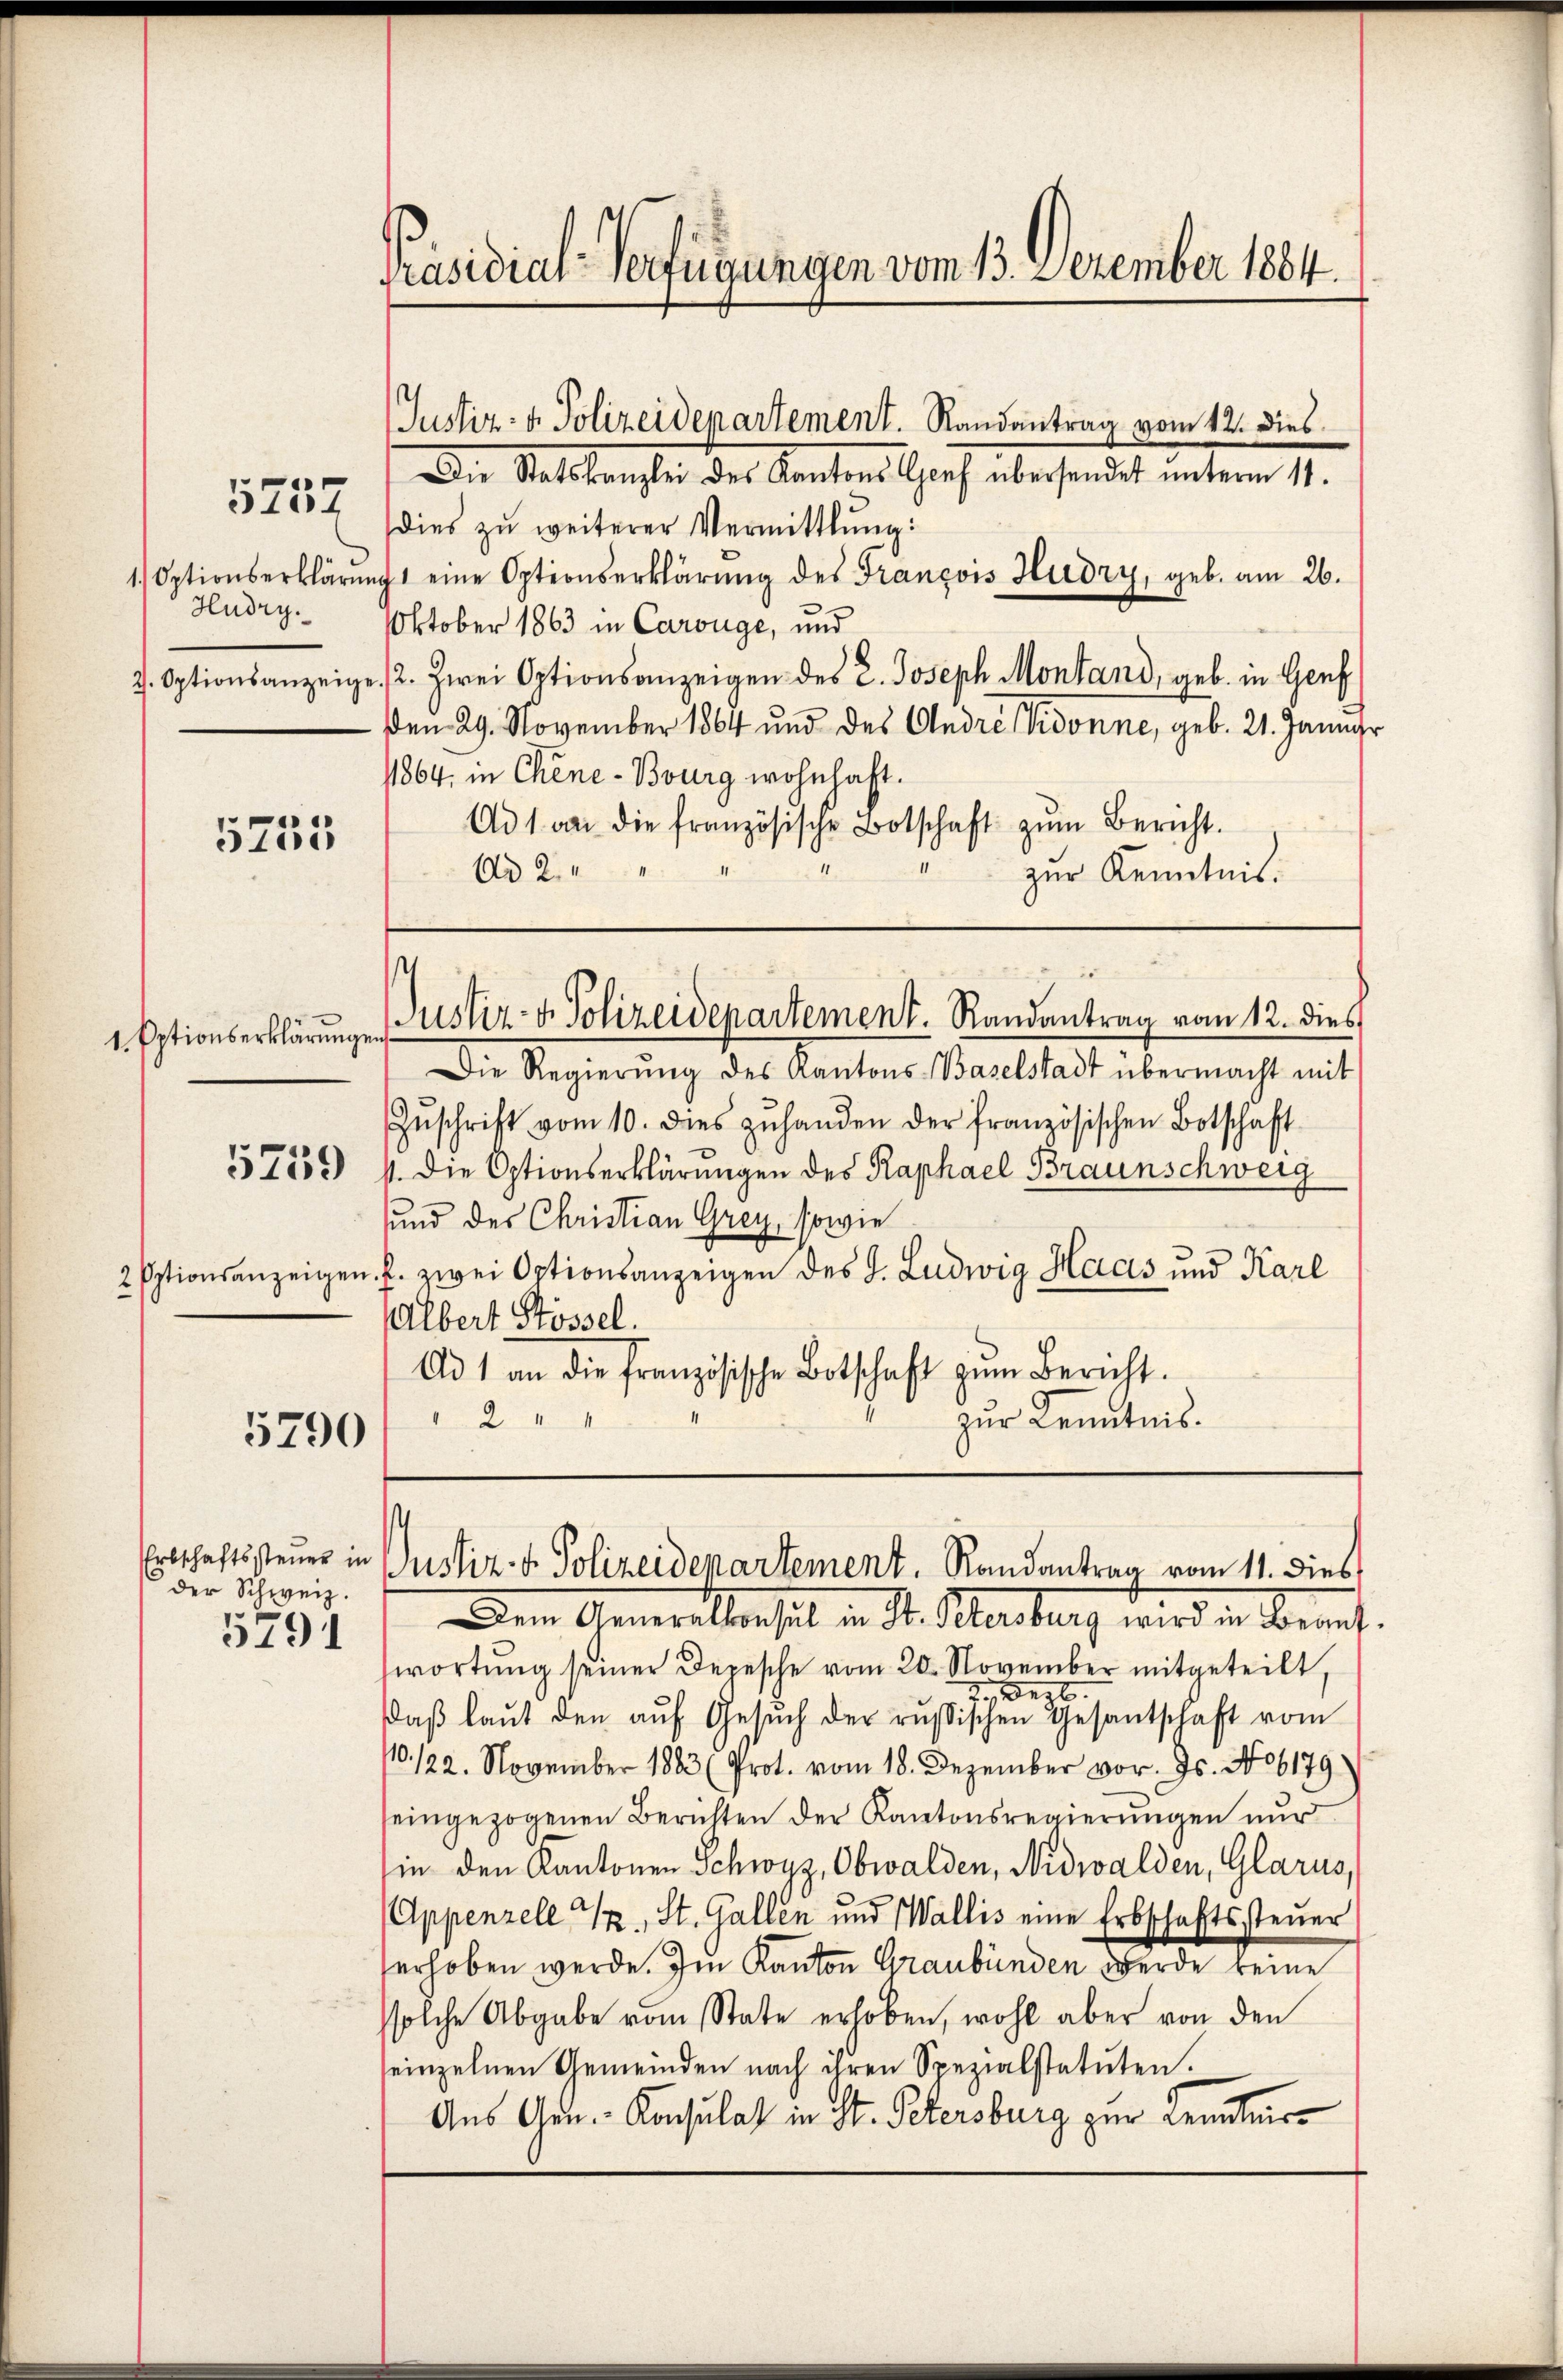
1.) Optionserklärun
Hudry.
7. Optionsanzeige

5237

5255

1. Optionserklärungen.

5759

2 Optionsanzeigen

5290

der Schweiz.
5791

Präsidial-Verfügungen vom 13. Dezember 1884.

Justiz- & Polizeidepartement. Randantrag vom 12. dies

Die Statskanzlei des Kantons Scharf übersendet unterm 11.
dies zu weiterer Vermittlung:
acht eine Optionserklärung des François Hudry, geb. am 26.
Oktober 1863 in Carouge, und
/2. Zwei Optionsanzeigen des 2. Joseph Montand, geb. in Genf
en 29. November 1864 und des Andre sie donne, geb. 21. Janua
1864, in Chine-Bourg wohnhaft.
Ad 1. an die französische Botschaft zŭm Bericht.
Ad 2.
zur Kenntnis.
Justiz- & Polizeidenartement. Randantrag vom 12. dies
Die Regierŭng des Kantons Baselstadt übermacht mit
Zŭschrift vom 10. dies zŭ handen der französischen Botschaft
4. Die Optionserklärungen des Raphael Braunschweig
sund des Christian Grey, sowie
f. zwei Optionsanzeigen des J. Ludwig Haas und Karl
Albert Stössel,
Ad 1 an die französische Botschaft zŭm Bericht.
2
zur Kenntnis.

Dem Generallenseil in St. Karburg wird in Berat.
wortŭng seiner Depesche vom 20. November mitgeteilt,
2., Wert
daβ laŭt den aŭf Gesŭch der russischen Gesantschaft vom
10/22. November 1883 (Prot. vom 18. Dezember vor. Js. No 6179
seingezogenen Berichten der Kantonsregierungen nur
in den Kantonen Schwyz, Obwalden, Nidwalden, Glarus,
Appenzell I., St. Gallen und Wallis eine Erbschaftssteŭer
erhoben werde. Im Kanton Graubünden werde keine
ssolche Abgabe vom State erhoben, wohl aber von den
einzelnen Gemeinden nach ihren Spezialstatuten.
Aus Arn. Konsulat in St. Petersburg zur Kenntnis-

Ertschaftssteuer in Justiz- u. Polizeidepartement. Randantrag vom 11. dies